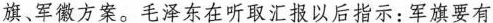
旗、军徽方案。毛泽东在听取汇报以后指示：军旗要有